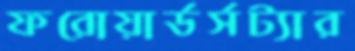
ফরোয়ার্ডর্সট্যার